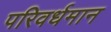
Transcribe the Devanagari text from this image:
परिवर्धमान